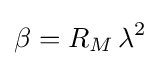
\beta =R_{M}\,\lambda ^{2}